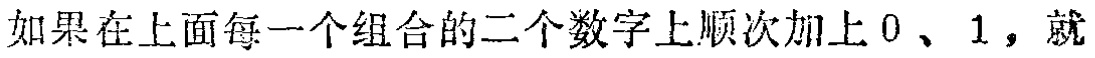
如果在上面每一个组合的二个数字上顺次加上 \(0\)、\(1\)，就